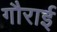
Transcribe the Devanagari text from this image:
गौराई